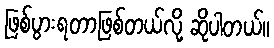
ဖြစ်ပွားရတာဖြစ်တယ်လို့ ဆိုပါတယ်။